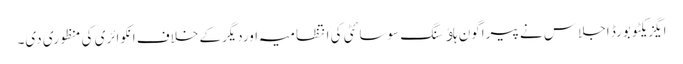
ایگزیکٹو بورڈ اجلاس نے پیراگون ہاﺅسنگ سوسائٹی کی انتظامیہ اوردیگرکے خلاف انکوائری کی منظوری دی۔